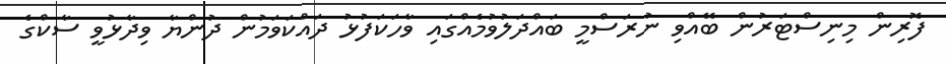
ފޮރިން މިނިސްޓަރުން ބޭއްވި ނުރަސްމީ ބައްދަލުވުމެއްގައި ވާހަކަފުޅު ދައްކަވަމުން ދުންޔާ ވިދާޅުވީ ސާކްގެ